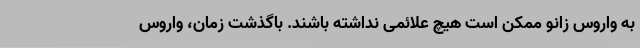
به واروس زانو ممکن است هیچ علائمی نداشته باشند. باگذشت زمان، واروس